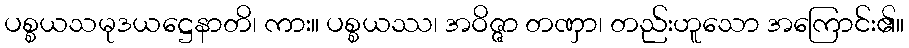
ပစ္စယသမုဒယဋ္ဌေနာတိ၊ ကား။ ပစ္စယဿ၊ အဝိဇ္ဇာ တဏှာ၊ တည်းဟူသော အကြောင်း၏။